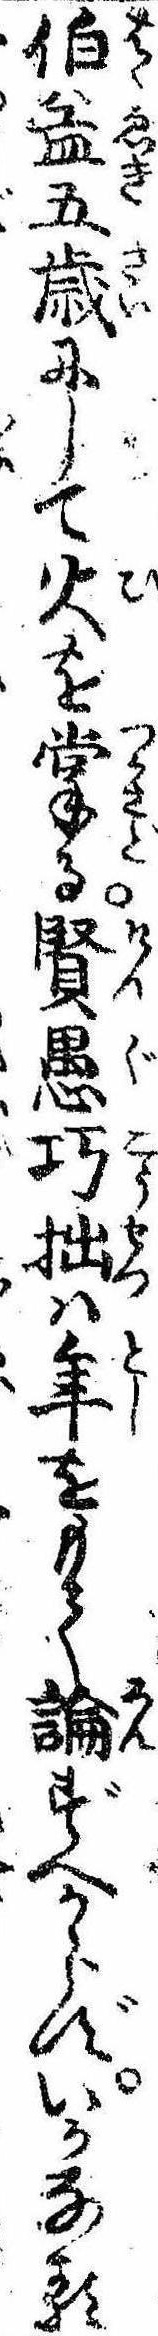
伯益五歳にして火を掌る賢愚巧拙は年をもて論ずへからずいかなる